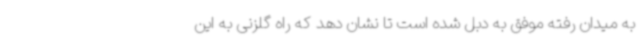
به میدان رفته موفق به دبل شده است تا نشان دهد که راه گلزنی به این